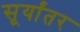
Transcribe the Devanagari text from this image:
सूर्यांतर